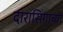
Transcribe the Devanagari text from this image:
दारासिंगाच्या